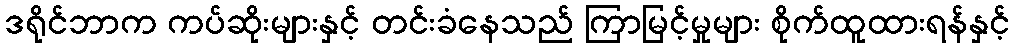
ဒရိုင်ဘာက ကပ်ဆိုးများနှင့် တင်းခံနေသည် ကြာမြင့်မှုများ စိုက်ထူထားရန်နှင့်